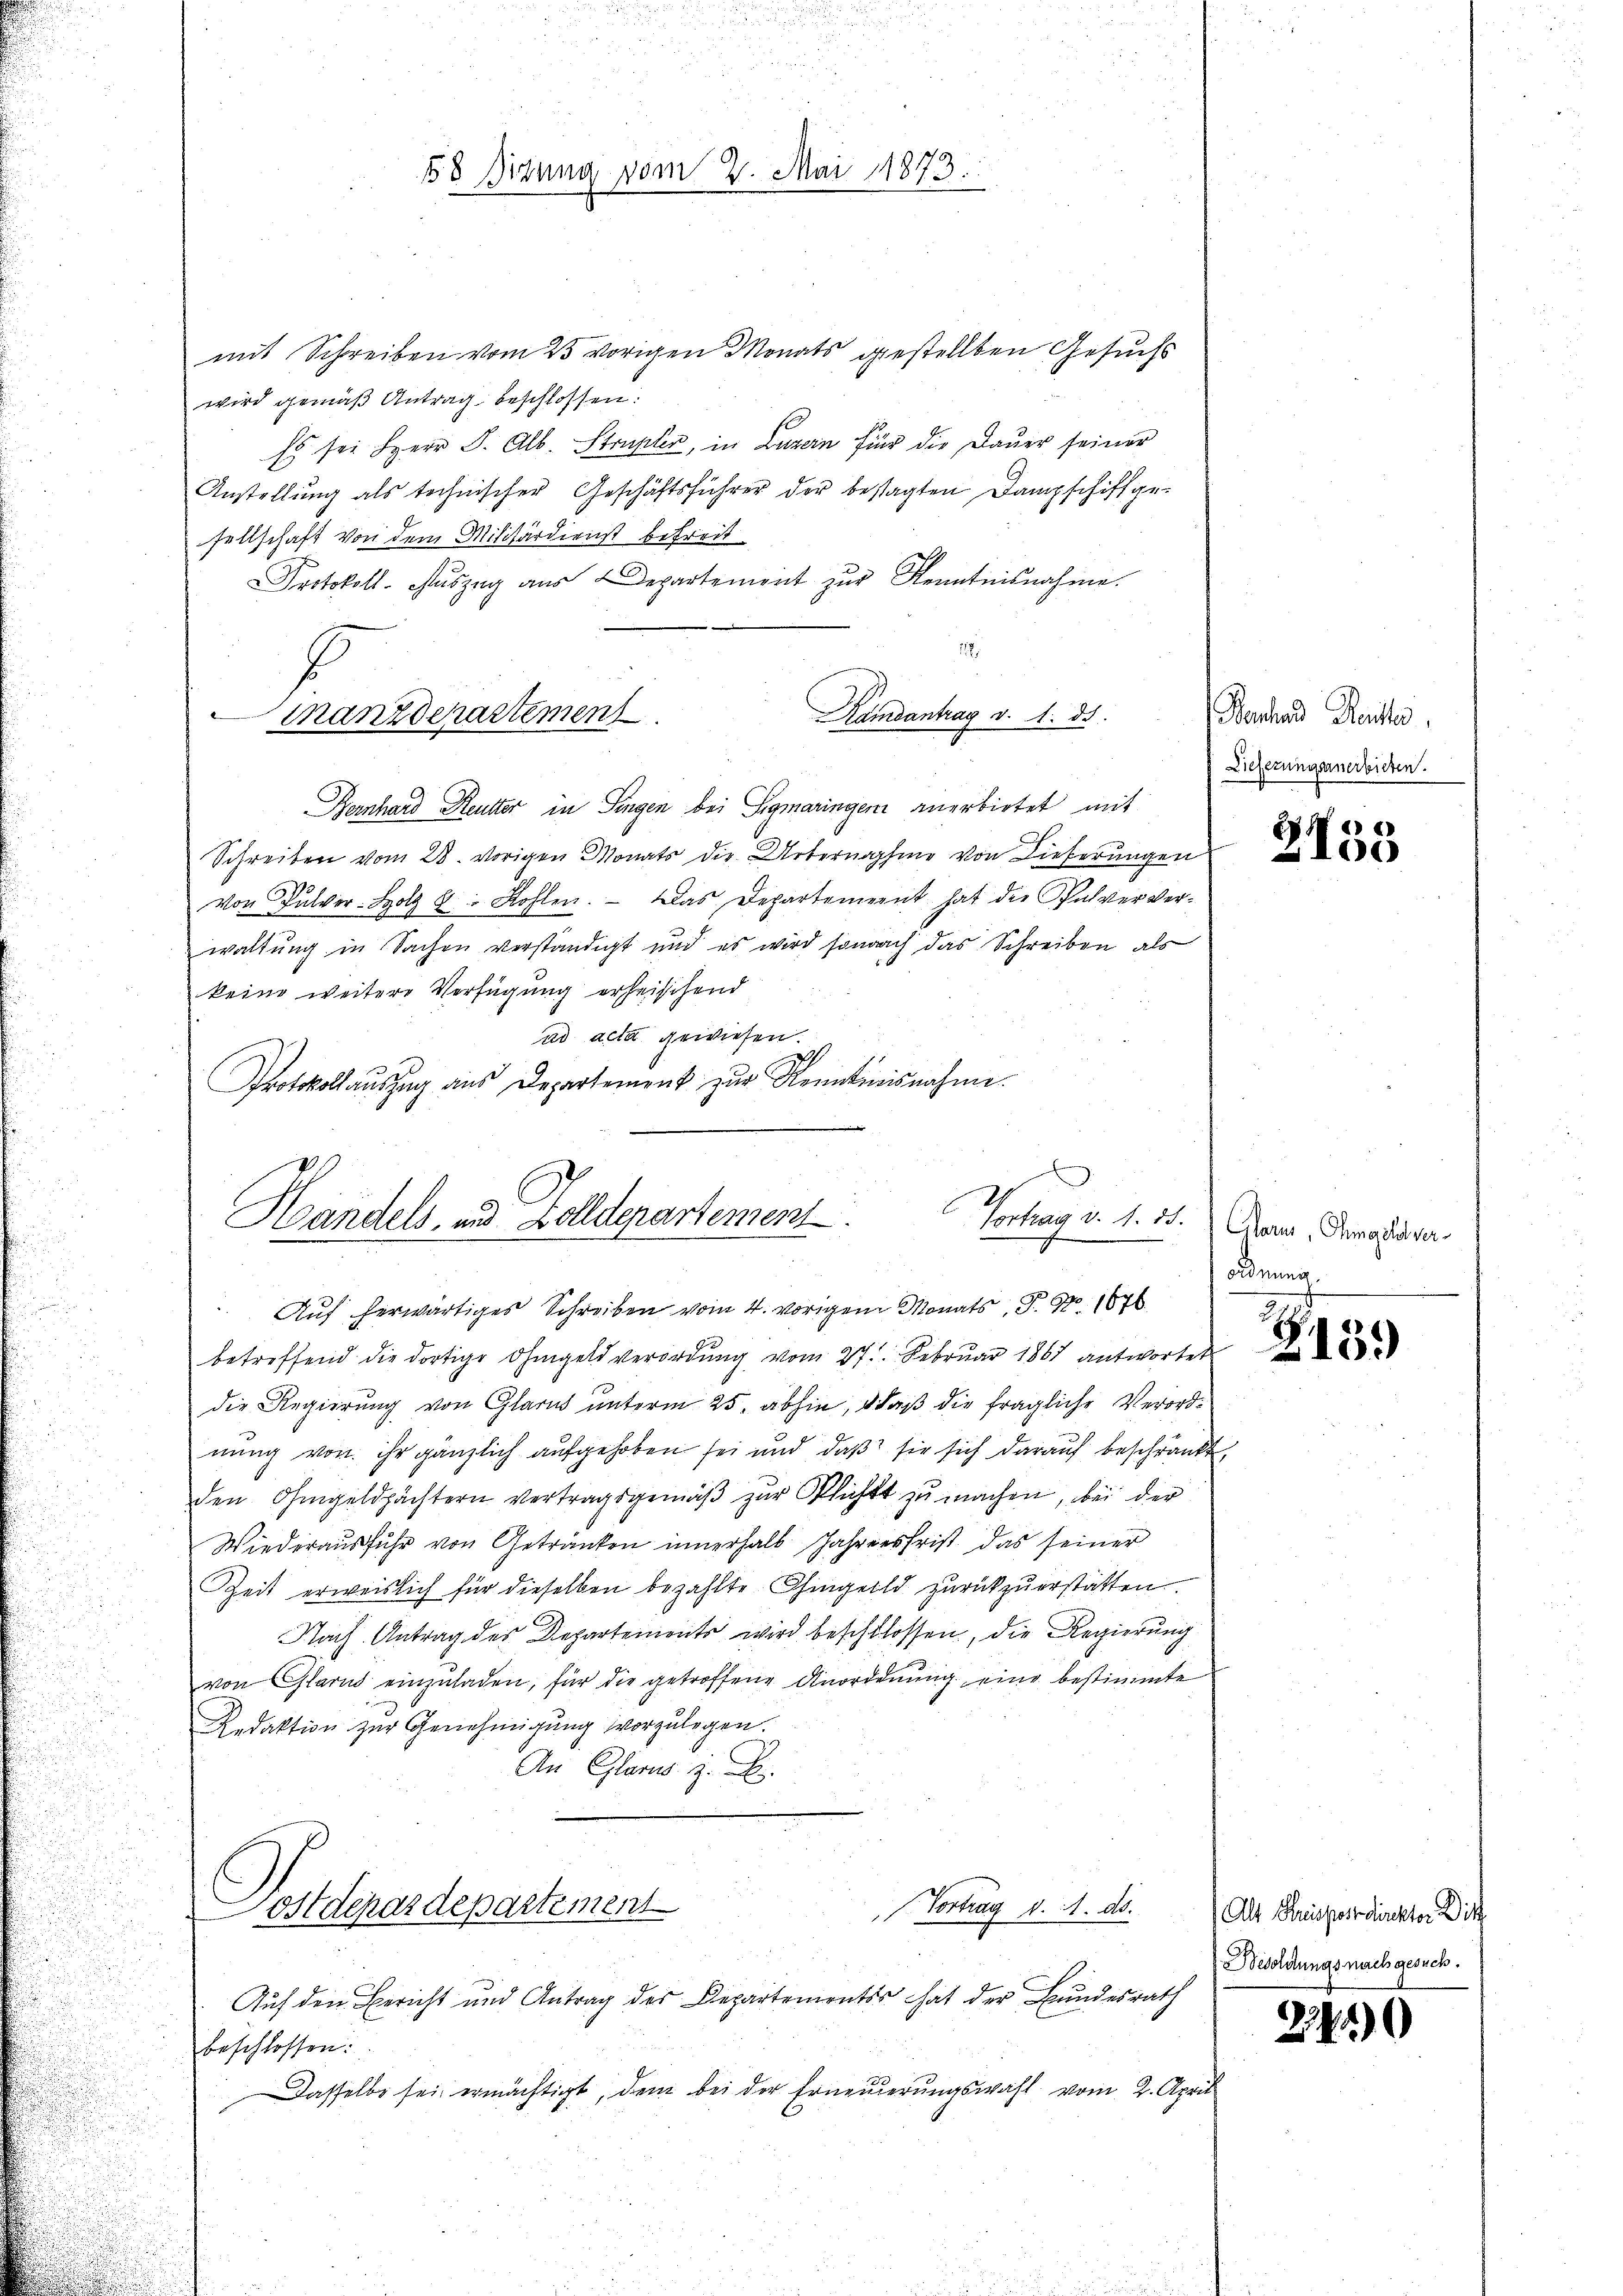
58 Sizung vom 2. Mai 1873.

mit Schreiben vom 25 vorigen Monats gestellten Gesuchs
wird gemäß Antrag beschlossen:
Es sei Herr S. Alb. Strupter, in Luzern für die Daŭer seiner
Anstellung als technischer Geschäftsführer der besagten Dampschiffgesellschaft von dem Militärdienst befreit
Protokoll- Aŭszug aus Departement zur Kenntnisnahme.
188
Rambantrag v. 1. ds.
Manz derartement

Bernhard Reutter in Singen bei Sigmaringen anerbietet mit
Schreiben vom 28. vorigen Monats die Urternahme von Dieferungen
von Pulver Holz 9: Kohlen. — Das Departement hat der Pulververwaltung in Sachen verständigt und es wird sonach das Schreiben als
keine weitere Verfügung erheischend
ad acta gewiesen.
Protokollauszug aus Departement zur Kenntnisnahme.

Vortrag v. 1. 28.
Handels, und Zolldepartement.
Auf herwärtiges Schreiben vom 4. vorigen Monats P. Nr. 1876

betreffend die dortige Ohmgeld verordŭng vom 27. Febrŭar 1867 antwortet
die Regierung von Glarus unterm 25. abhin, daß die fragliche Verordnung von ihr gänzlich aufgehoben sei und daß sie sich darauf beschränkt,
den Ohmgeldpächtern vertragsgemäβ zŭr Plicht zŭ machen, bei der
Wiederausfuhr von Getränken innerhalb Jahresfrist das seiner
Zeit erweislich für dieselben bezahlte Chingeld zurückzuerstatten
Nach Antrag des Departements wird beschlossen, die Regierung
von Glarus einzuladen, für die getroffene Anordnung eine bestimmte
Redaktion zur Genehmigung vorzulegen.
An Glarus z. B.

Pest derardepartement
. Vortrag d. M. ds.

Auf den Bericht und Antrag des Departementes hat der Bundesrath
beschlossen:
Dasselbe sei ermächtigt, dem bei der Erneuerungswahl vom 2. April

Berchend Reichts
Lieferungernerbieten.

2155

Glarus, Ohmgeld ver-
ordnung.

Z13.)

Als Beispostdirektor Ditt
Besoldungs nach gesuch.

238)